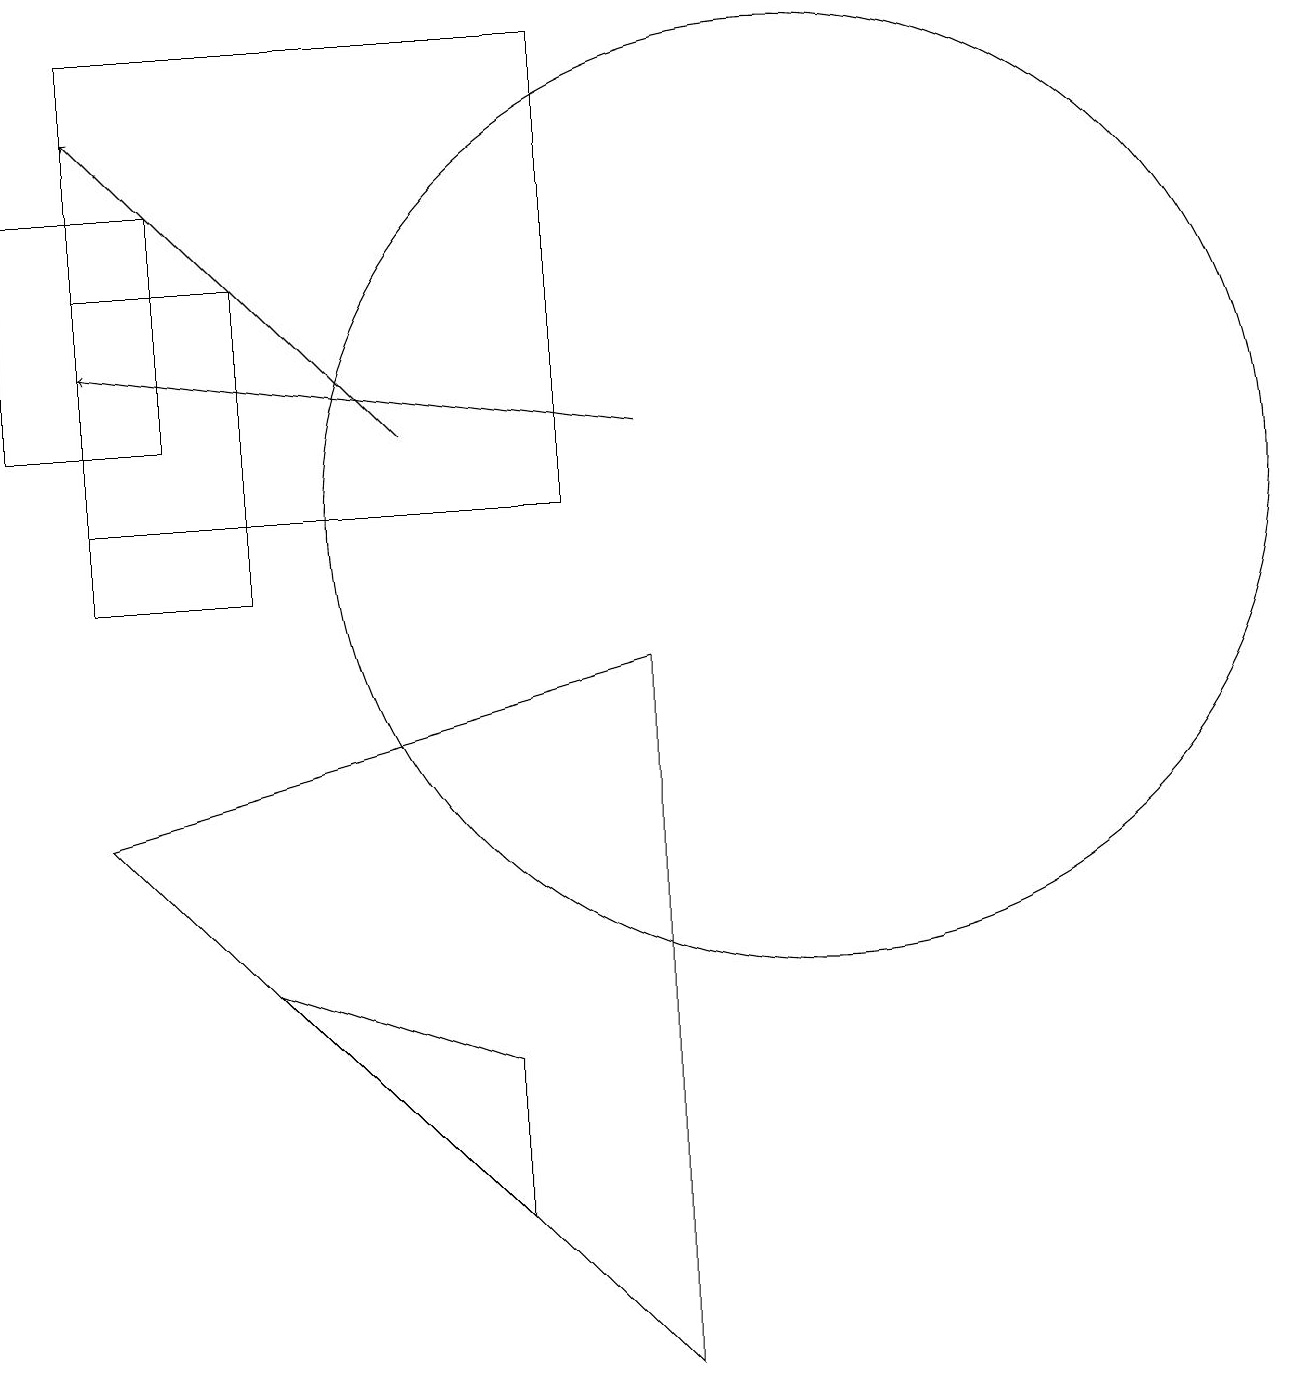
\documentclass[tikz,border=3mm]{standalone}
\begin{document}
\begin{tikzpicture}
\draw (7,2) -- (7,4) -- (4,5) -- cycle;
\draw (11,11) circle (6);
\draw (9,9) -- (2,7) -- (9,0) -- cycle;
\draw[->] (6,12) -- (2,16);
\draw (4,14) rectangle (2,10);
\draw[->] (9,12) -- (2,13);
\draw (3,15) rectangle (1,12);
\draw (2,17) rectangle (8,11);
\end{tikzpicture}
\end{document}